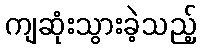
ကျဆုံးသွားခဲ့သည့်